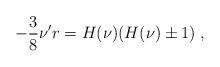
LaTeX: \begin{align*}-\frac{3}{8}\nu' r =H(\nu)(H(\nu)\pm 1) \; ,\end{align*}